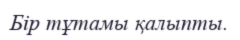
Бір тұтамы қалыпты.